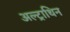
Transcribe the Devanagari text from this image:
अल्ट्राथिन